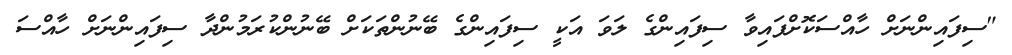
"ސިފައިންނަށް ހާއްސަކޮށްފައިވާ ސިފައިންގެ ލަވަ އަކީ ސިފައިންގެ ބޭނުންތަކަށް ބޭނުންކުރަމުންދާ ސިފައިންނަށް ހާއްސަ